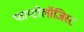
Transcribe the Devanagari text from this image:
फाय्टोलॉजिस्ट